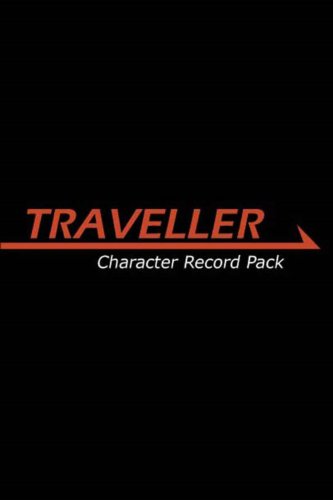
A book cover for Traveller Character Record Pack (MGP3826); Matthew Sprange; Science Fiction & Fantasy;